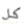
كل